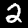
Digit: 2